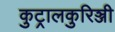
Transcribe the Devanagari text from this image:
कुट्रालकुरिञ्जी